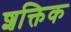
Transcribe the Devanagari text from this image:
शक्तिक